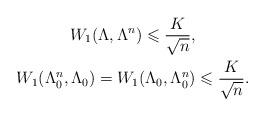
LaTeX: \begin{gather*}W_1(\Lambda,\Lambda^n)\leqslant \dfrac{K}{\sqrt{n}},\\W_1(\Lambda_0^n,\Lambda_0)=W_1(\Lambda_0,\Lambda_0^n)\leqslant \dfrac{K}{\sqrt{n}}.\end{gather*}